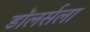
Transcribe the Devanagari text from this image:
डॉलर्सला